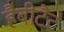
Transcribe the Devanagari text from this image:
हैबीटैट